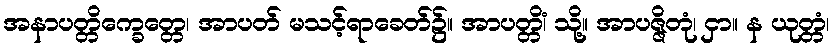
အနာပတ္တိက္ခေတ္တေ၊ အာပတ် မသင့်ရာခေတ်၌။ အာပတ္တိံ၊ သို့။ အာပဇ္ဇိတုံ၊ ငှာ။ န ယုတ္တံ၊